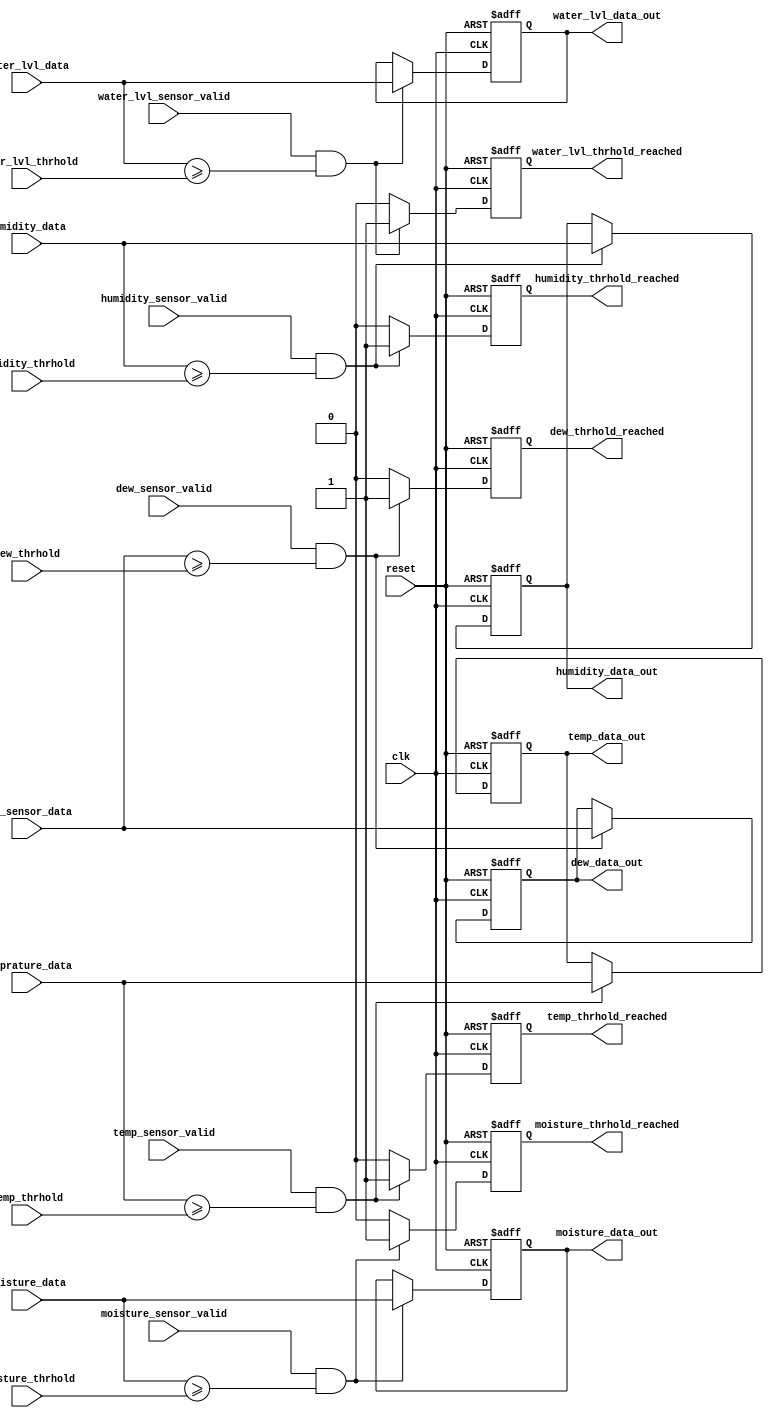
module sensor_controller(
input wire clk,
input wire reset,
input wire temp_sensor_valid,
input wire [15:0] temprature_data,
input wire humidity_sensor_valid,
input wire [15:0] humidity_data,
input wire dew_sensor_valid,
input wire [15:0] dew_sensor_data,
input wire moisture_sensor_valid,
input wire [15:0] moisture_data,
input wire water_lvl_sensor_valid,
input wire [15:0] water_lvl_data,
input wire [15:0]temp_thrhold,
input wire [15:0]humidity_thrhold,
input wire [15:0]dew_thrhold,
input wire [15:0]moisture_thrhold,
input wire [15:0]water_lvl_thrhold,
output wire temp_thrhold_reached,
output wire [15:0] temp_data_out,
output wire humidity_thrhold_reached,
output wire [15:0] humidity_data_out,
output wire dew_thrhold_reached,
output wire [15:0] dew_data_out,
output wire moisture_thrhold_reached,
output wire [15:0] moisture_data_out,
output wire water_lvl_thrhold_reached,
output wire [15:0] water_lvl_data_out
);

reg temp_thrhold_reached_d;
reg humidity_thrhold_reached_d;
reg dew_thrhold_reached_d;
reg moisture_thrhold_reached_d;
reg water_lvl_thrhold_reached_d;
reg [15:0]temp_data_out_d;
reg [15:0]humidity_data_out_d;
reg [15:0]dew_data_out_d;
reg [15:0]moisture_data_out_d;
reg [15:0]water_lvl_data_out_d;

assign temp_thrhold_reached = temp_thrhold_reached_d;
assign humidity_thrhold_reached = humidity_thrhold_reached_d;
assign dew_thrhold_reached = dew_thrhold_reached_d;
assign moisture_thrhold_reached = moisture_thrhold_reached_d;
assign water_lvl_thrhold_reached = water_lvl_thrhold_reached_d;

assign temp_data_out = temp_data_out_d;
assign humidity_data_out = humidity_data_out_d;
assign dew_data_out = dew_data_out_d;
assign moisture_data_out = moisture_data_out_d;
assign water_lvl_data_out = water_lvl_data_out_d;


/* temparature threshold comaparision  data assignment*/

always @(posedge clk or negedge reset)
begin
if(!reset)
temp_data_out_d <= 16'h0;
else if(temp_sensor_valid && (temprature_data >= temp_thrhold))
temp_data_out_d <= temprature_data;
end

/* humidity threshold comaparision  data assignment*/

always @(posedge clk or negedge reset)
begin
if(!reset)
humidity_data_out_d <= 16'h0;
else if(humidity_sensor_valid && (humidity_data >= humidity_thrhold))
humidity_data_out_d <= humidity_data;
end


/* dew threshold comaparision  data assignment*/

always @(posedge clk or negedge reset)
begin
if(!reset)
dew_data_out_d <= 16'h0;
else if(dew_sensor_valid && (dew_sensor_data >= dew_thrhold))
dew_data_out_d <= dew_sensor_data;
end

/* moisture threshold comaparision  data assignment*/

always @(posedge clk or negedge reset)
begin
if(!reset)
moisture_data_out_d <= 16'h0;
else if(moisture_sensor_valid && (moisture_data >= moisture_thrhold))
moisture_data_out_d <= moisture_data;
end

/* moisture threshold comaparision  data assignment*/

always @(posedge clk or negedge reset)
begin
if(!reset)
water_lvl_data_out_d <= 16'h0;
else if(water_lvl_sensor_valid && (water_lvl_data >= water_lvl_thrhold))
water_lvl_data_out_d <= water_lvl_data;
end


/* temparature threshold comaparision */

always @(posedge clk or negedge reset)
begin
if(!reset)
temp_thrhold_reached_d <= 1'b0;
else if(temp_sensor_valid && (temprature_data >= temp_thrhold))
temp_thrhold_reached_d <= 1'b1;
else 
temp_thrhold_reached_d <= 1'b0;
end

/* humidity threshold comaparision */

always @(posedge clk or negedge reset)
begin
if(!reset)
humidity_thrhold_reached_d <= 1'b0;
else if(humidity_sensor_valid && (humidity_data >= humidity_thrhold))
humidity_thrhold_reached_d <= 1'b1;
else
humidity_thrhold_reached_d <= 1'b0;
end


/* dew threshold comaparision */

always @(posedge clk or negedge reset)
begin
if(!reset)
dew_thrhold_reached_d <= 1'b0;
else if(dew_sensor_valid && (dew_sensor_data >= dew_thrhold))
dew_thrhold_reached_d <= 1'b1;
else
dew_thrhold_reached_d <= 1'b0;
end

/* moisture threshold comaparision */

always @(posedge clk or negedge reset)
begin
if(!reset)
moisture_thrhold_reached_d <= 1'b0;
else if(moisture_sensor_valid && (moisture_data >= moisture_thrhold))
moisture_thrhold_reached_d <= 1'b1;
else
moisture_thrhold_reached_d <= 1'b0;
end

/* moisture threshold comaparision */

always @(posedge clk or negedge reset)
begin
if(!reset)
water_lvl_thrhold_reached_d <= 1'b0;
else if(water_lvl_sensor_valid && (water_lvl_data >= water_lvl_thrhold))
water_lvl_thrhold_reached_d <= 1'b1;
else
water_lvl_thrhold_reached_d <= 1'b0;
end


endmodule